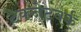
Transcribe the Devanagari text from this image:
टेकनेटवर्क